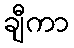
ချီကာ